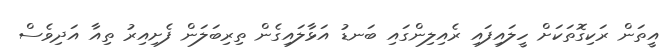
އީތަން ރަކިގޮތަކަށް ހީލައިފައި ރެއިލިންގައި ބަނޑު އަޅާލައިގެން ތިރިބަލަން ފެށިއިރު ތިއާ އަދިވެސް